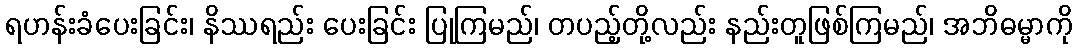
ရဟန်းခံပေးခြင်း၊ နိဿရည်း ပေးခြင်း ပြုကြမည်၊ တပည့်တို့လည်း နည်းတူဖြစ်ကြမည်၊ အဘိဓမ္မာကို